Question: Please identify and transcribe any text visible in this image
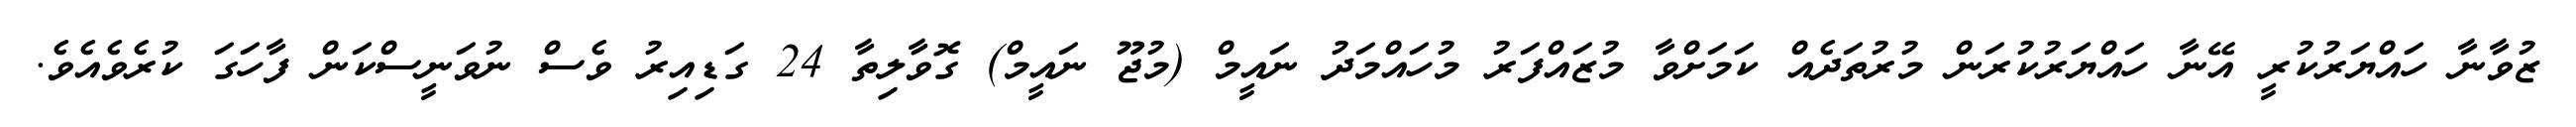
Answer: ޒުވާނާ ހައްޔަރުކުރީ އޭނާ ހައްޔަރުކުރަން މުރުތަދެއް ކަމަށްވާ މުޒައްފަރު މުހައްމަދު ނައީމް (މުޖޫ ނައީމް) ގޮވާލިތާ 24 ގަޑިއިރު ވެސް ނުވަނީސްކަން ފާހަގަ ކުރެވެއެވެ.